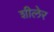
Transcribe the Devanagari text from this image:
शीलेर